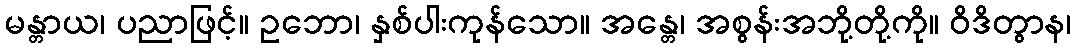
မန္တာယ၊ ပညာဖြင့်။ ဥဘော၊ နှစ်ပါးကုန်သော။ အန္တေ၊ အစွန်းအဘို့တို့ကို။ ဝိဒိတွာန၊